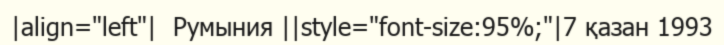
|align="left"|  Румыния ||style="font-size:95%;"|7 қазан 1993